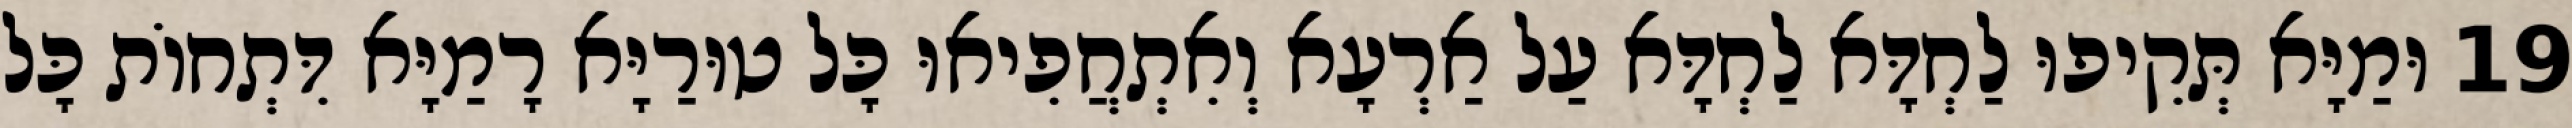
19 וּמַיָּא תְּקִיפוּ לַחְדָּא לַחְדָּא עַל אַרְעָא וְאִתְחֲפִיאוּ כָּל טוּרַיָּא רָמַיָּא דִּתְחוֹת כָּל